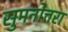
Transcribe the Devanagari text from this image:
सुमनोत्तरा